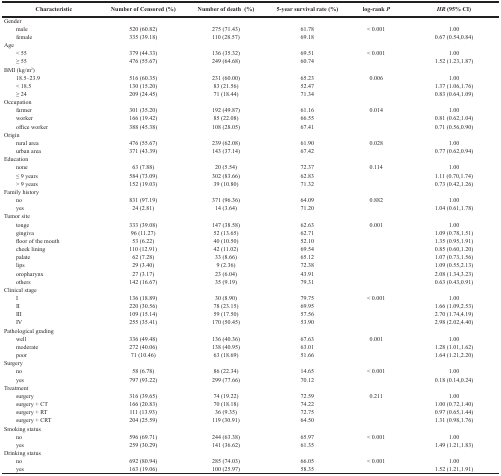
<table><thead><tr><td><b>Characteristic</b></td><td><b>Number of Censored (%)</b></td><td><b>Number of death (%)</b></td><td><b>5-year survival rate (%)</b></td><td><b>log-rank <i>P</i></b></td><td><b><i>HR</i> (95%CI)</b></td></tr></thead><tbody><tr><td>Gender</td><td></td><td></td><td></td><td></td><td></td></tr><tr><td> male</td><td>520(60.82)</td><td>275(71.43)</td><td>61.78</td><td>&lt; 0.001</td><td>1.00</td></tr><tr><td> female</td><td>335(39.18)</td><td>110(28.57)</td><td>69.18</td><td></td><td>0.67 (0.54,0.84)</td></tr><tr><td>Age</td><td></td><td></td><td></td><td></td><td></td></tr><tr><td> &lt; 55</td><td>379(44.33)</td><td>136(35.32)</td><td>69.51</td><td>&lt; 0.001</td><td>1.00</td></tr><tr><td> ≥ 55</td><td>476(55.67)</td><td>249(64.68)</td><td>60.74</td><td></td><td>1.52(1.23,1.87)</td></tr><tr><td>BMI (kg/m<sup>2</sup>)</td><td></td><td></td><td></td><td></td><td></td></tr><tr><td> 18.5–23.9</td><td>516(60.35)</td><td>231(60.00)</td><td>65.23</td><td>0.006</td><td>1.00</td></tr><tr><td> &lt; 18.5</td><td>130(15.20)</td><td>83(21.56)</td><td>52.47</td><td></td><td>1.37(1.06,1.76)</td></tr><tr><td> ≥ 24</td><td>209(24.45)</td><td>71(18.44)</td><td>71.34</td><td></td><td>0.83 (0.64,1.09)</td></tr><tr><td>Occupation</td><td></td><td></td><td></td><td></td><td></td></tr><tr><td> farmer</td><td>301(35.20)</td><td>192(49.87)</td><td>61.16</td><td>0.014</td><td>1.00</td></tr><tr><td> worker</td><td>166(19.42)</td><td>85(22.08)</td><td>66.55</td><td></td><td>0.81(0.62,1.04)</td></tr><tr><td> office worker</td><td>388 (45.38)</td><td>108(28.05)</td><td>67.41</td><td></td><td>0.71 (0.56,0.90)</td></tr><tr><td>Origin</td><td></td><td></td><td></td><td></td><td></td></tr><tr><td> rural area</td><td>476(55.67)</td><td>239(62.08)</td><td>61.90</td><td>0.028</td><td>1.00</td></tr><tr><td> urban area</td><td>371(43.39)</td><td>143(37.14)</td><td>67.42</td><td></td><td>0.77(0.62,0.94)</td></tr><tr><td>Education</td><td></td><td></td><td></td><td></td><td></td></tr><tr><td> none</td><td>63(7.88)</td><td>20(5.54)</td><td>72.37</td><td>0.114</td><td>1.00</td></tr><tr><td> ≤ 9 years</td><td>584(73.09)</td><td>302(83.66)</td><td>62.83</td><td></td><td>1.11(0.70,1.74)</td></tr><tr><td> &gt; 9 years</td><td>152(19.03)</td><td>39(10.80)</td><td>71.32</td><td></td><td>0.73(0.42,1.26)</td></tr><tr><td>Family history</td><td></td><td></td><td></td><td></td><td></td></tr><tr><td> no</td><td>831(97.19)</td><td>371(96.36)</td><td>64.09</td><td>0.882</td><td>1.00</td></tr><tr><td> yes</td><td>24(2.81)</td><td>14(3.64)</td><td>71.20</td><td></td><td>1.04 (0.61,1.78)</td></tr><tr><td>Tumor site</td><td></td><td></td><td></td><td></td><td></td></tr><tr><td> tonge</td><td>333(39.08)</td><td>147(38.58)</td><td>62.63</td><td>0.001</td><td>1.00</td></tr><tr><td> gingiva</td><td>96(11.27)</td><td>52(13.65)</td><td>62.71</td><td></td><td>1.09 (0.78,1.51)</td></tr><tr><td> floor of the mouth</td><td>53(6.22)</td><td>40(10.50)</td><td>52.10</td><td></td><td>1.35(0.95,1.91)</td></tr><tr><td> cheek lining</td><td>110(12.91)</td><td>42(11.02)</td><td>69.54</td><td></td><td>0.85 (0.60,1.20)</td></tr><tr><td> palate</td><td>62(7.28)</td><td>33(8.66)</td><td>65.12</td><td></td><td>1.07(0.73,1.56)</td></tr><tr><td> lips</td><td>29(3.40)</td><td>9(2.36)</td><td>72.38</td><td></td><td>1.09(0.55,2.13)</td></tr><tr><td> oropharynx</td><td>27(3.17)</td><td>23(6.04)</td><td>43.91</td><td></td><td>2.08(1.34,3.23)</td></tr><tr><td> others</td><td>142(16.67)</td><td>35(9.19)</td><td>79.31</td><td></td><td>0.63(0.43,0.91)</td></tr><tr><td>Clinical stage</td><td></td><td></td><td></td><td></td><td></td></tr><tr><td> I</td><td>136(18.89)</td><td>30(8.90)</td><td>79.75</td><td>&lt; 0.001</td><td>1.00</td></tr><tr><td> II</td><td>220(30.56)</td><td>78(23.15)</td><td>69.95</td><td></td><td>1.66 (1.09,2.53)</td></tr><tr><td> III</td><td>109(15.14)</td><td>59(17.50)</td><td>57.56</td><td></td><td>2.70 (1.74,4.19)</td></tr><tr><td> IV</td><td>255(35.41)</td><td>170(50.45)</td><td>53.90</td><td></td><td>2.98(2.02,4.40)</td></tr><tr><td>Pathological grading</td><td></td><td></td><td></td><td></td><td></td></tr><tr><td> well</td><td>336(49.48)</td><td>136(40.36)</td><td>67.63</td><td>0.001</td><td>1.00</td></tr><tr><td> moderate</td><td>272(40.06)</td><td>138(40.95)</td><td>63.01</td><td></td><td>1.28(1.01,1.62)</td></tr><tr><td> poor</td><td>71(10.46)</td><td>63(18.69)</td><td>51.66</td><td></td><td>1.64(1.21,2.20)</td></tr><tr><td>Surgery</td><td></td><td></td><td></td><td></td><td></td></tr><tr><td> no</td><td>58(6.78)</td><td>86(22.34)</td><td>14.65</td><td>&lt; 0.001</td><td>1.00</td></tr><tr><td> yes</td><td>797(93.22)</td><td>299(77.66)</td><td>70.12</td><td></td><td>0.18 (0.14,0.24)</td></tr><tr><td>Treatment</td><td></td><td></td><td></td><td></td><td></td></tr><tr><td> surgery</td><td>316(39.65)</td><td>74(19.22)</td><td>72.59</td><td>0.211</td><td>1.00</td></tr><tr><td> surgery + CT</td><td>166(20.83)</td><td>70(18.18)</td><td>74.22</td><td></td><td>1.00 (0.72,1.40)</td></tr><tr><td> surgery + RT</td><td>111(13.93)</td><td>36(9.35)</td><td>72.75</td><td></td><td>0.97(0.65,1.44)</td></tr><tr><td> surgery + CRT</td><td>204(25.59)</td><td>119(30.91)</td><td>64.50</td><td></td><td>1.31 (0.98,1.76)</td></tr><tr><td>Smoking status</td><td></td><td></td><td></td><td></td><td></td></tr><tr><td> no</td><td>596(69.71)</td><td>244(63.38)</td><td>65.97</td><td>&lt; 0.001</td><td>1.00</td></tr><tr><td> yes</td><td>259(30.29)</td><td>141(36.62)</td><td>61.35</td><td></td><td>1.49(1.21,1.83)</td></tr><tr><td>Drinking status</td><td></td><td></td><td></td><td></td><td></td></tr><tr><td> no</td><td>692(80.94)</td><td>285(74.03)</td><td>66.05</td><td>&lt; 0.001</td><td>1.00</td></tr><tr><td> yes</td><td>163(19.06)</td><td>100(25.97)</td><td>58.35</td><td></td><td>1.52(1.21,1.91)</td></tr></tbody></table>